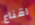
اقناع